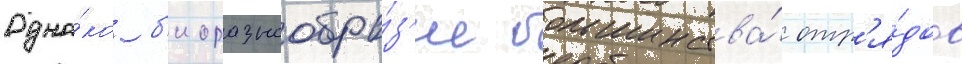
Одна́ко б'иоразнообра́з'ие большинства́ отр'я́дов